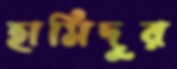
হামিদুর